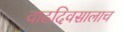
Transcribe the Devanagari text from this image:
वाढदिवसालाच